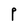
Character: P